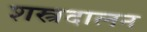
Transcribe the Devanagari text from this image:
शस्त्रदालन